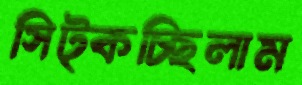
সিট্‌কচ্ছিলাম